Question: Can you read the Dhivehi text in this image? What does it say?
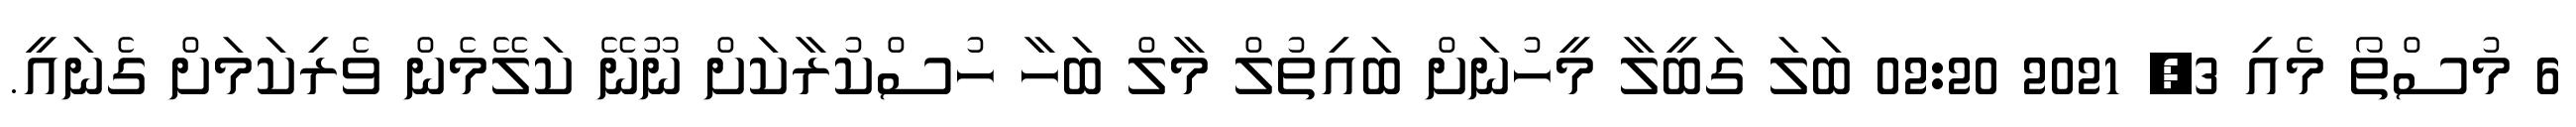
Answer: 6 މުސްތޯ މެއި 3, 2021 02:20 ބަލަ ގަބީލާ މީހުނަށް ބައިތުލް މާލް ބަހާ ހުސްކުރާކަށް ނޫނޭ ކަލޭމެން ވެރިކަމަށް ގެނައީ.